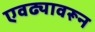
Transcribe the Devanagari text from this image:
एवढ्यावरून